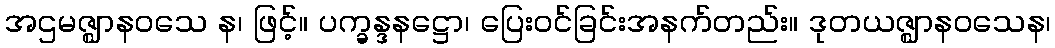
အဌမဇ္ဈာနဝသေ န၊ ဖြင့်။ ပက္ခန္ဒနဋ္ဌော၊ ပြေးဝင်ခြင်းအနက်တည်း။ ဒုတယဇ္ဈာနဝသေန၊